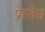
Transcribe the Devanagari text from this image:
प्रेस्तेस